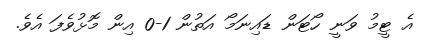
އެ ޓީމު ވަނީ ހޯޓަން ޑައިނަމޯ އަތުން 1-0 އިން މޮޅުވެފަ އެވެ.